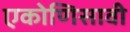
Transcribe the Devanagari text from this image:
एकोणिसावी